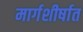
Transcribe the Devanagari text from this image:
मार्गशीर्षात